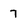
Character: 7